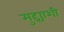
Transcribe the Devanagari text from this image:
मुद्द्याशी